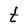
Character: t